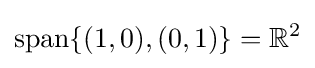
\operatorname {span} \{(1,0),(0,1)\}=\mathbb {R} ^{2}